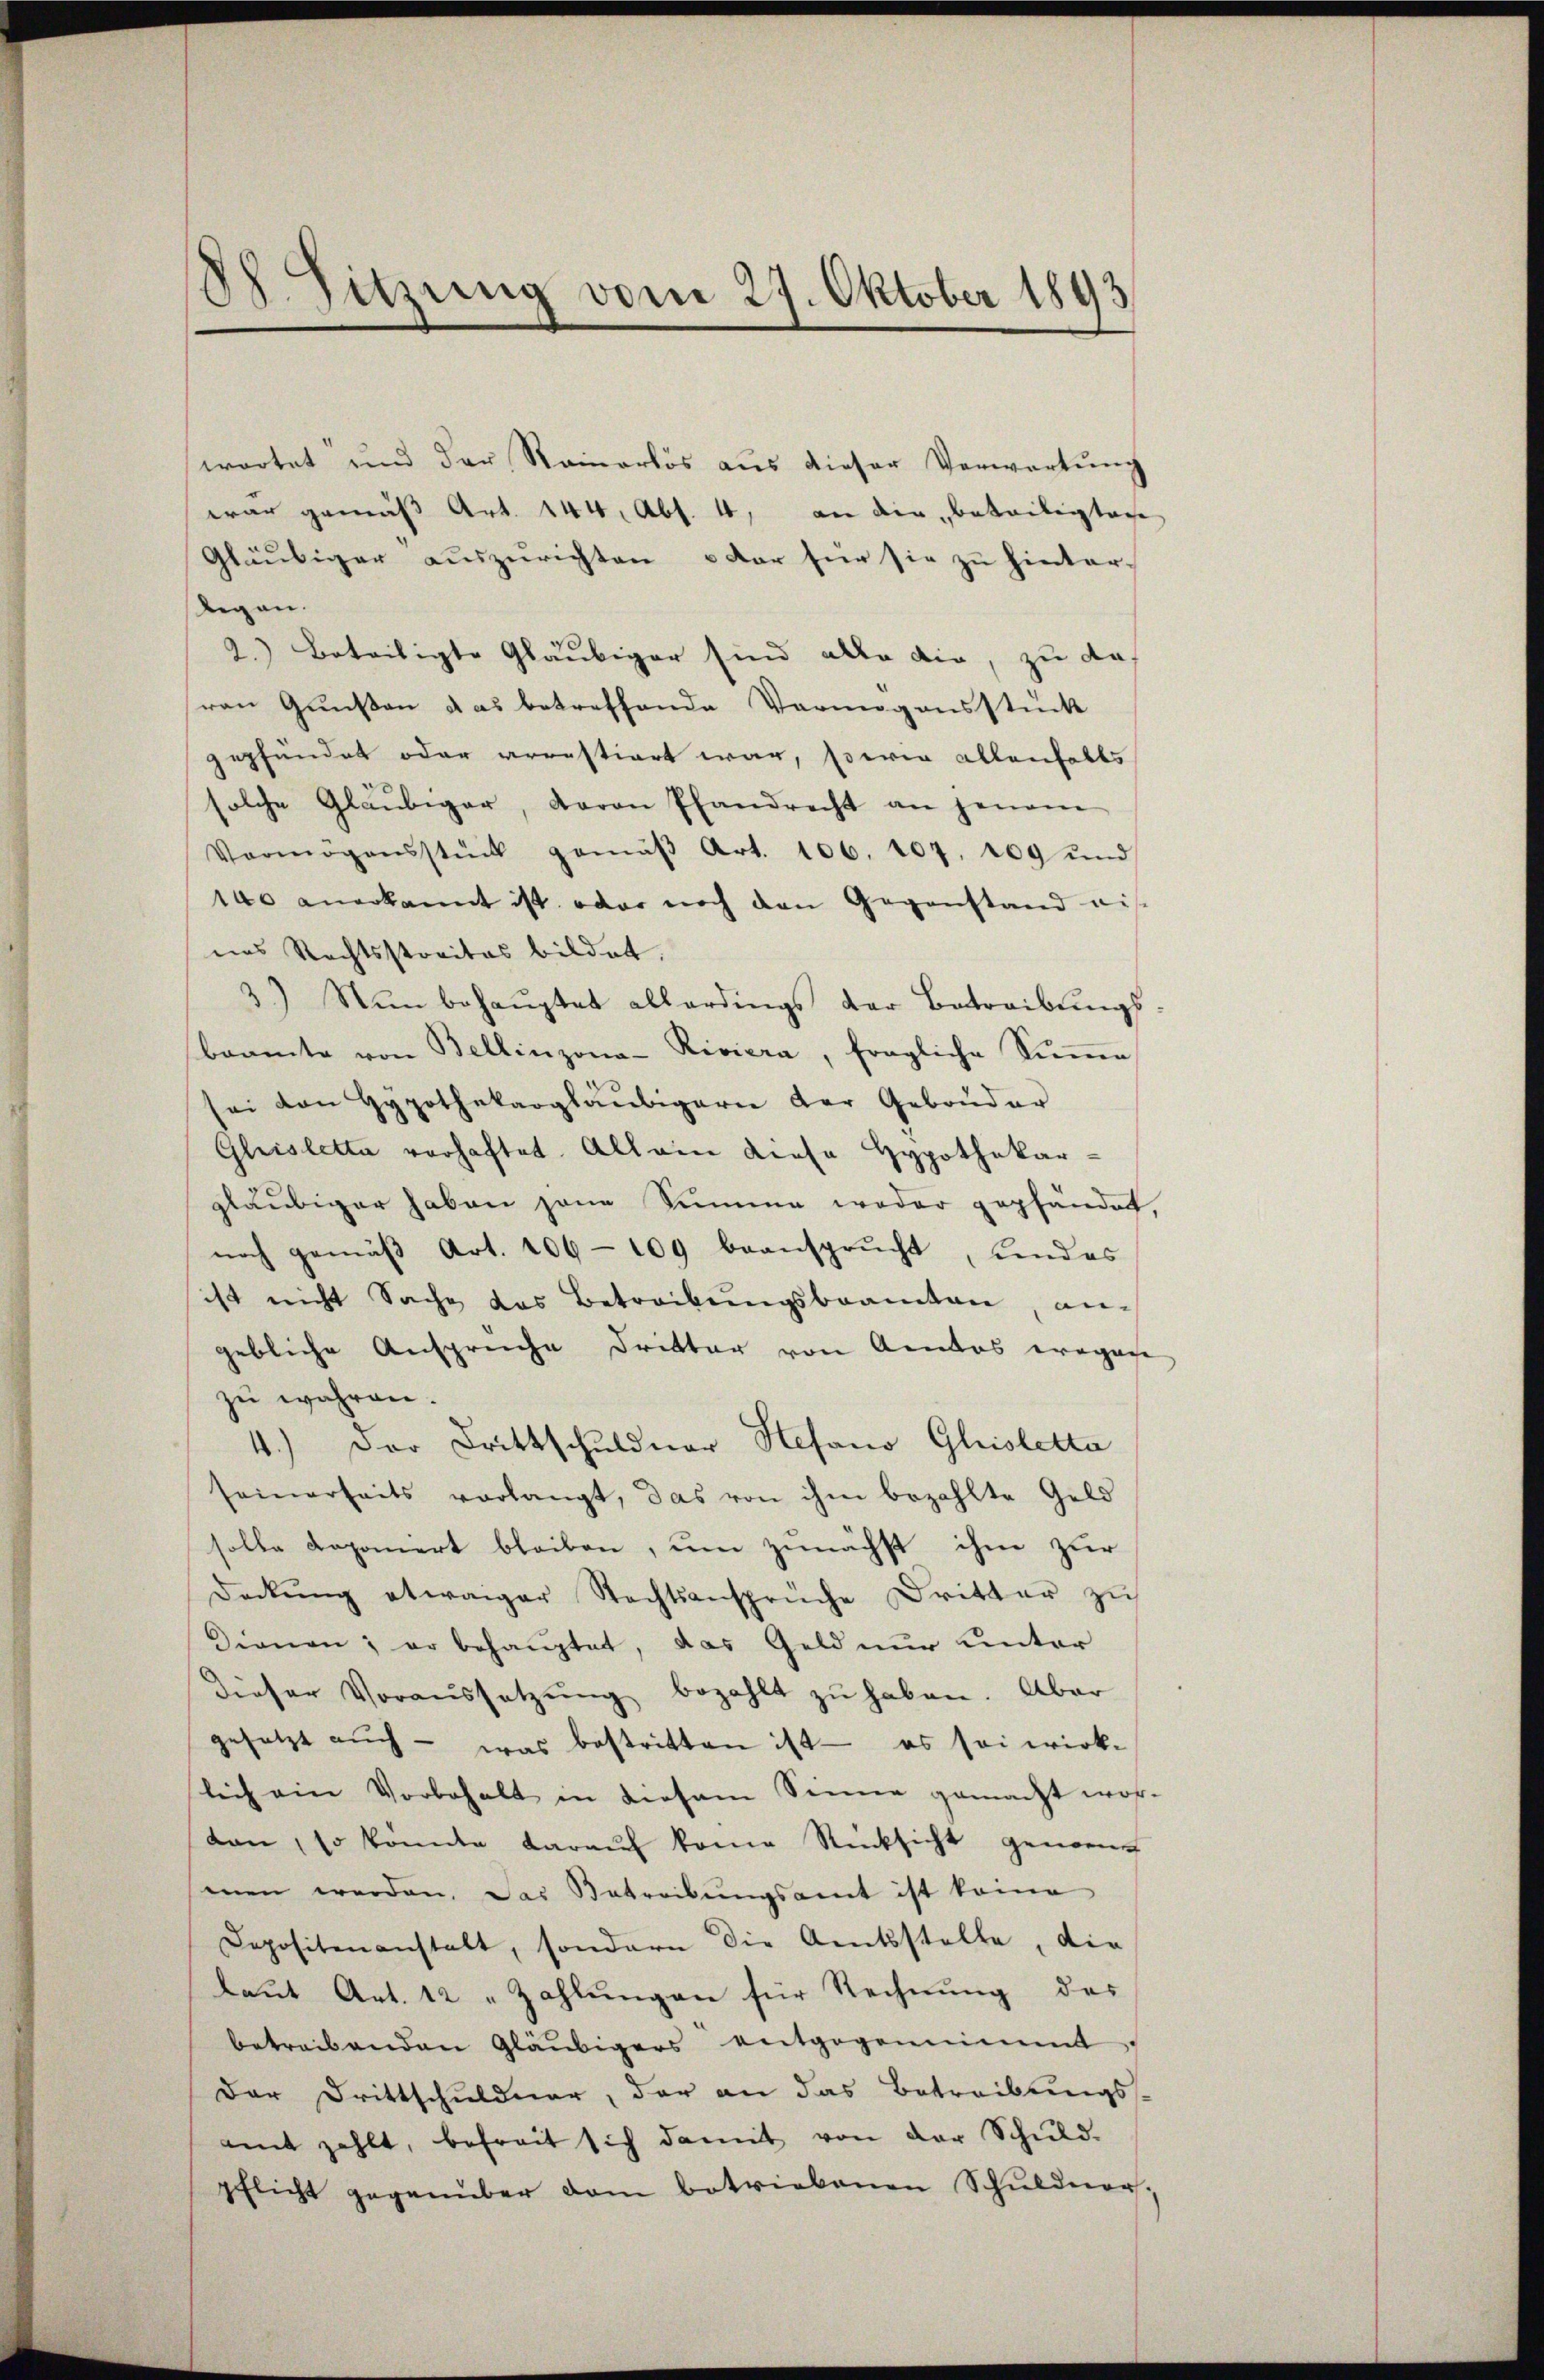
¬
Oo sitzung vom 27. Oktober 1893

wortet und der Reinerlös aus dieser Verwartung
war gemäß Art. 144, Abs. 4, an die Beteiligtage
Gläubiger auszurichten der für sie zu hinter-
legen.
2.) Beteiligte Gläubiger sind alle die, zu das
ren Gunsten das betreffende Vermögensstück
gepfändet oder arrestiert war, sowie allenfalls
solche Gläubiger, Baron Pfandrecht an jenem
Vermögensstück gemäβ Art. 106. 107. 109 und
140 anerkannt ist, oder noch den Gegenstand ei
nes Rechtsstraites bildet.
3) Nun behaŭptet allerdings der Betreibŭngs-
beamte von Bellinzona-Riviera, fragliche Sŭṁe
sei von Hypothekargläubigern der Gebouder
Gleistetta vorhaftet. Allein diese Hypothekar-
gläubiger haben jene Summe weder gepfändet,
noch gemäβ Art. 106 - 109 beansprŭcht, und es
ist nicht Sache das Betreibungsbeamten, angebliche Anspreche Dritter von Amtes ergane
zu währen.
4.) Der Drittschuldner Stefano Gisletta
seinerseits verlangt, das von ihm bezahlte Geld
solle doponiert bleiben, um zunächst ihm zur
deckŭng etwaiger Rechtsansprüche Dritter zu
Dienen; er behauptet, das Geld nur unter
dieser Voraŭssetzŭng bezahlt zŭ haben. Aber
gesetzt auch - was bestritten ist — es sei wirk-
lich ein Vorbehalt in diesem Sinne gemacht workan, so konnte daraŭf kome Rücksicht genom
men werden. Das Betreibŭngsamt ist keine
Depositenanstalt, sondern die Amtsstelle, die
laut Art. 12 „Zahlungen für Rechnung des
betreibenden Gläubigers entgegennimmt,
Der Drittschuldner, der an das Betreibungs-
amt zahlt, befreit sich damit von der Schuld-
pflicht gegenüber dem betriebenen Schŭlderer-